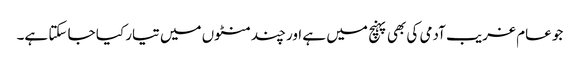
جو عام غریب آدمی کی بھی پہنچ میں ہے اور چند منٹوں میں تیار کیا جا سکتا ہے۔